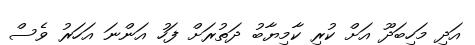
އަދި މަހިބަދޫ އަށް ކުރި ކާމިޔާބު ދަތުރަށް ފަހު އަންނަ އަހަރު ވެސް